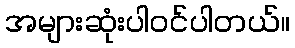
အများဆုံးပါဝင်ပါတယ်။